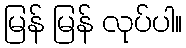
မြန် မြန် လုပ်ပါ။